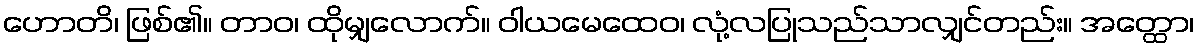
ဟောတိ၊ ဖြစ်၏။ တာဝ၊ ထိုမျှလောက်။ ဝါယမေထေဝ၊ လုံ့လပြုသည်သာလျှင်တည်း။ အတ္ထော၊